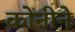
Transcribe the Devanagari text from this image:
कोनीने